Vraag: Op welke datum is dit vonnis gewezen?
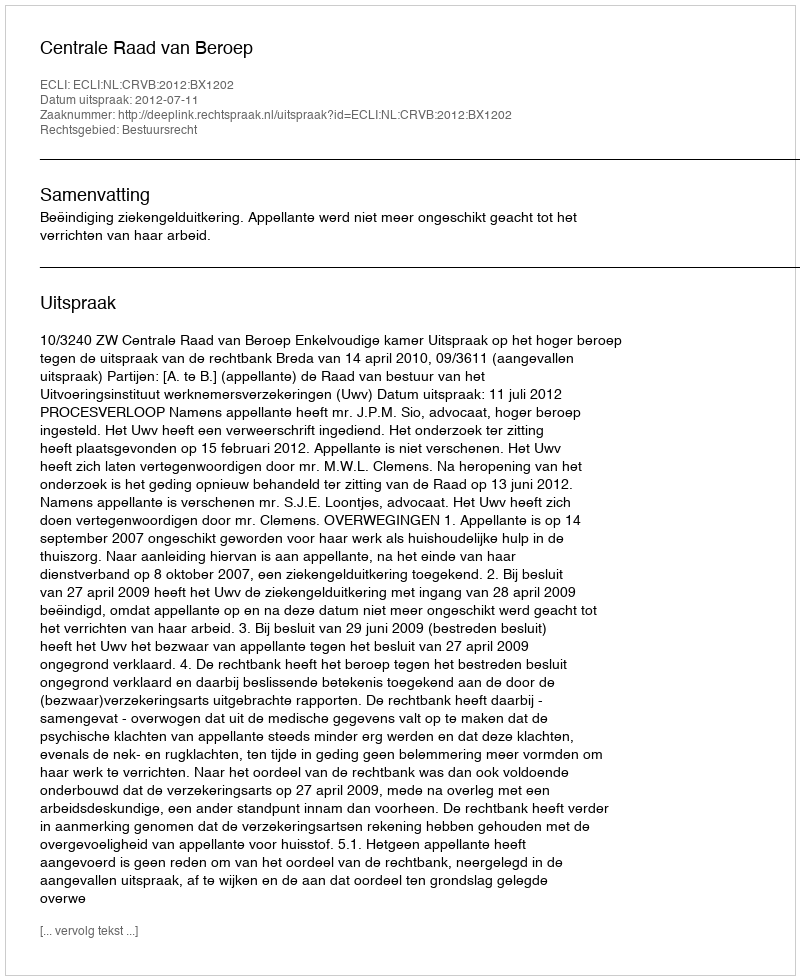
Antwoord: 2012-07-11